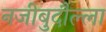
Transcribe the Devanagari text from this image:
नजीबुदौल्ला